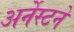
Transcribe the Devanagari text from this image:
अर्नेस्टने